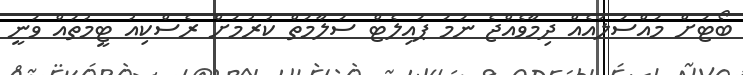
ބޯޓަށް މައްސަލައެއް ދިމާވެއްޖެ ނަމަ ޕައިލެޓް ސަލާމަތް ކުރުމަށް ރެސްކިއު ޓީމުތައް ވަނީ